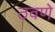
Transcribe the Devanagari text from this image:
ठवणे